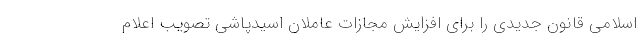
اسلامی قانون جدیدی را برای افزایش مجازات عاملان اسیدپاشی تصویب اعلام